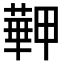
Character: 𦾏